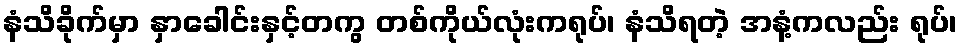
နံသိခိုက်မှာ နှာခေါင်းနှင့်တကွ တစ်ကိုယ်လုံးကရုပ်၊ နံသိရတဲ့ အနံ့ကလည်း ရုပ်၊